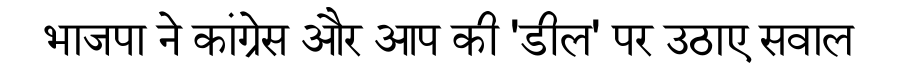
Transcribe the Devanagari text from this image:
भाजपा ने कांग्रेस और आप की 'डील' पर उठाए सवाल